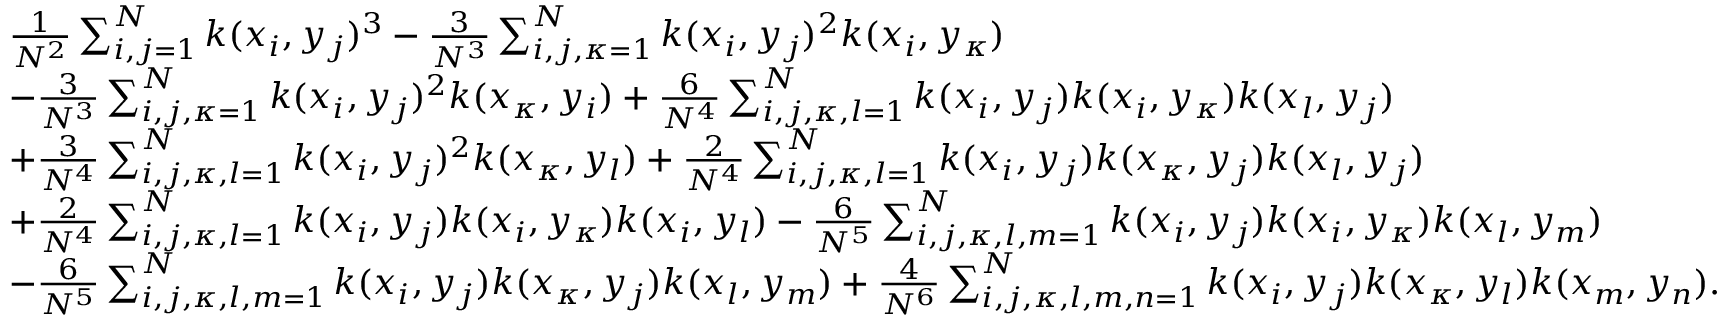
\begin{array} { r l } & { \frac { 1 } { N ^ { 2 } } \sum _ { i , j = 1 } ^ { N } k ( x _ { i } , y _ { j } ) ^ { 3 } - \frac { 3 } { N ^ { 3 } } \sum _ { i , j , \kappa = 1 } ^ { N } k ( x _ { i } , y _ { j } ) ^ { 2 } k ( x _ { i } , y _ { \kappa } ) } \\ & { - \frac { 3 } { N ^ { 3 } } \sum _ { i , j , \kappa = 1 } ^ { N } k ( x _ { i } , y _ { j } ) ^ { 2 } k ( x _ { \kappa } , y _ { i } ) + \frac { 6 } { N ^ { 4 } } \sum _ { i , j , \kappa , l = 1 } ^ { N } k ( x _ { i } , y _ { j } ) k ( x _ { i } , y _ { \kappa } ) k ( x _ { l } , y _ { j } ) } \\ & { + \frac { 3 } { N ^ { 4 } } \sum _ { i , j , \kappa , l = 1 } ^ { N } k ( x _ { i } , y _ { j } ) ^ { 2 } k ( x _ { \kappa } , y _ { l } ) + \frac { 2 } { N ^ { 4 } } \sum _ { i , j , \kappa , l = 1 } ^ { N } k ( x _ { i } , y _ { j } ) k ( x _ { \kappa } , y _ { j } ) k ( x _ { l } , y _ { j } ) } \\ & { + \frac { 2 } { N ^ { 4 } } \sum _ { i , j , \kappa , l = 1 } ^ { N } k ( x _ { i } , y _ { j } ) k ( x _ { i } , y _ { \kappa } ) k ( x _ { i } , y _ { l } ) - \frac { 6 } { N ^ { 5 } } \sum _ { i , j , \kappa , l , m = 1 } ^ { N } k ( x _ { i } , y _ { j } ) k ( x _ { i } , y _ { \kappa } ) k ( x _ { l } , y _ { m } ) } \\ & { - \frac { 6 } { N ^ { 5 } } \sum _ { i , j , \kappa , l , m = 1 } ^ { N } k ( x _ { i } , y _ { j } ) k ( x _ { \kappa } , y _ { j } ) k ( x _ { l } , y _ { m } ) + \frac { 4 } { N ^ { 6 } } \sum _ { i , j , \kappa , l , m , n = 1 } ^ { N } k ( x _ { i } , y _ { j } ) k ( x _ { \kappa } , y _ { l } ) k ( x _ { m } , y _ { n } ) . } \end{array}